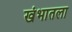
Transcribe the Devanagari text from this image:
खंभातला